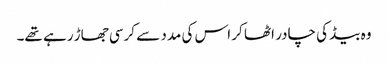
وہ بیڈ کی چادر اٹھا کر اس کی مدد سے کرسی جھاڑ رہے تھے۔